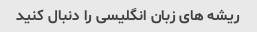
ریشه های زبان انگلیسی را دنبال کنید